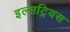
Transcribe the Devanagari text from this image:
इल्सट्रियस